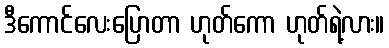
ဒီကောင်လေးပြောတာ ဟုတ်ကော ဟုတ်ရဲ့လား။